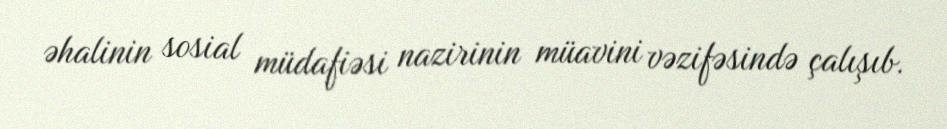
əhalinin sosial müdafiəsi nazirinin müavini vəzifəsində çalışıb.